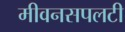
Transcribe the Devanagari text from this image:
मीवनसपलटी